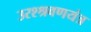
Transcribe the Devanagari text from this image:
उरश्श्रवणयंत्र